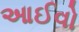
આઈવો